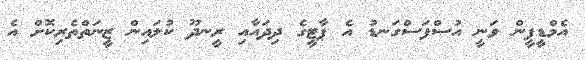
އެމްޑީޕީން ވަނީ އުސްފަސްގަނޑު އެ ޕާޓީގެ ދިދައާއި ރީނދޫ ކުލައިން ޒީނަތްތެރިކޮށް އެ